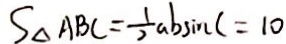
S _ { \Delta A B C } = \frac { 1 } { 2 } a b \sin C = 1 0